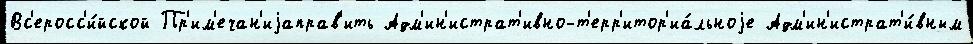
Вс'еросс'и́йской Пр'им'ечан'иjаправ'ить Адм'ин'истрат'ивно-т'ерр'итор'иа́льноjе Адм'ин'истрат'и́вным